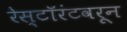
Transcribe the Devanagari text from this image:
रेस्टॉरंटवरून